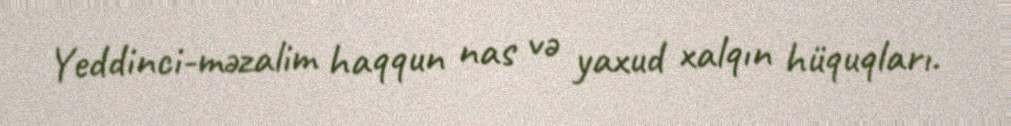
Yeddinci-məzalim haqqun nas və yaxud xalqın hüquqları.